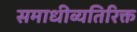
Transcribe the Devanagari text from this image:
समाधीव्यतिरिक्त